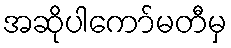
အဆိုပါကော်မတီမှ